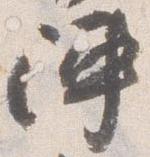
陣